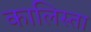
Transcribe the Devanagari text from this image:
कालिस्ता